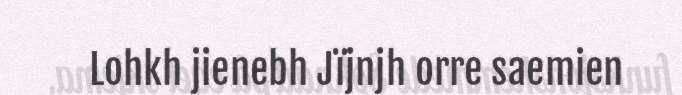
Lohkh jienebh Jïjnjh orre saemien